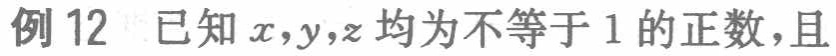
例 12 已知 \(x,y,z\) 均为不等于 1 的正数，且